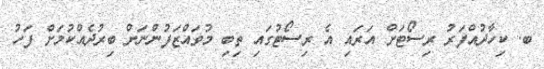
ބ. ކިހާދުއްފަރު ރިސޯޓަށް އަރައި އެ ރިސޯޓުގައި ތިބި މުވައްޒަފުންނަށް ބިރުދެއްކުމަށް ފަހު